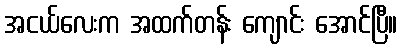
အငယ်လေးက အထက်တန်း ကျောင်း အောင်ပြီ။